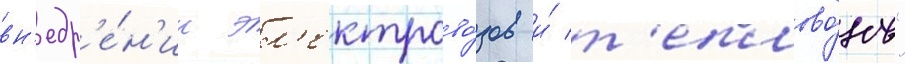
вн'едр'е́н'ии эл'ектрово́зов и́ т'еплово́зов"